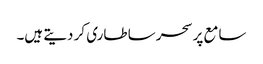
سامع پر سحر سا طاری کر دیتے ہیں۔